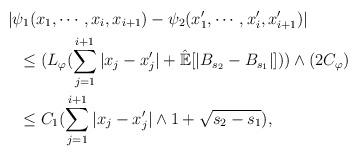
LaTeX: \begin{align*}&|\psi_1(x_1,\cdots,x_{i},x_{i+1})-\psi_2(x'_1,\cdots,x'_{i},x'_{i+1})|\\&\ \ \leq (L_\varphi(\sum_{j=1}^{i+1}|x_j-x'_j|+\hat{\mathbb{E}}[|B_{s_2}-B_{s_1}|]))\wedge (2C_\varphi)\\&\ \ \leq C_1(\sum_{j=1}^{i+1}|x_j-x'_j|\wedge 1+\sqrt{s_2-s_1}),\end{align*}